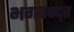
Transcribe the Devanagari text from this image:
भगवन्द्त